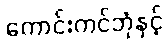
ကောင်းကင်ဘုံနှင့်